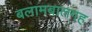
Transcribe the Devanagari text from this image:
बलामबालगह